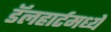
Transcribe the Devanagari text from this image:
डॅलहार्टमध्ये